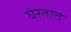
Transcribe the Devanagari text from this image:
घेरतात